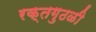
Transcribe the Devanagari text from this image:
रक्तगुठळी